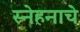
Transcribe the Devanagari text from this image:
स्नेहनाचे